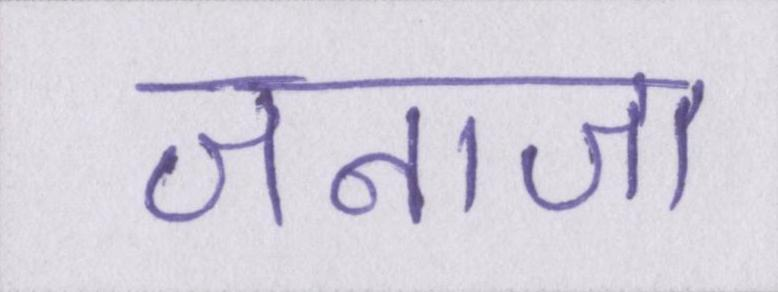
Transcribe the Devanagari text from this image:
जनाजा